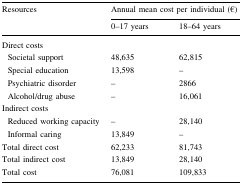
| <ROWSPAN=2> Resources | <COLSPAN=2> Annual mean cost per individual (€) |
 | 0–17 years | 18–64 years |
 | --- | --- | --- |
 | <COLSPAN=3> Direct costs |
 | Societal support | 48,635 | 62,815 |
 | Special education | 13,598 | – |
 | Psychiatric disorder | – | 2866 |
 | Alcohol/drug abuse | – | 16,061 |
 | <COLSPAN=3> Indirect costs |
 | Reduced working capacity | – | 28,140 |
 | Informal caring | 13,849 | – |
 | Total direct cost | 62,233 | 81,743 |
 | Total indirect cost | 13,849 | 28,140 |
 | Total cost | 76,081 | 109,833 |